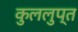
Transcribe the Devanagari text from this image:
कुललुप्त